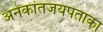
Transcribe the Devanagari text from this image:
अनेकांतजयपताका